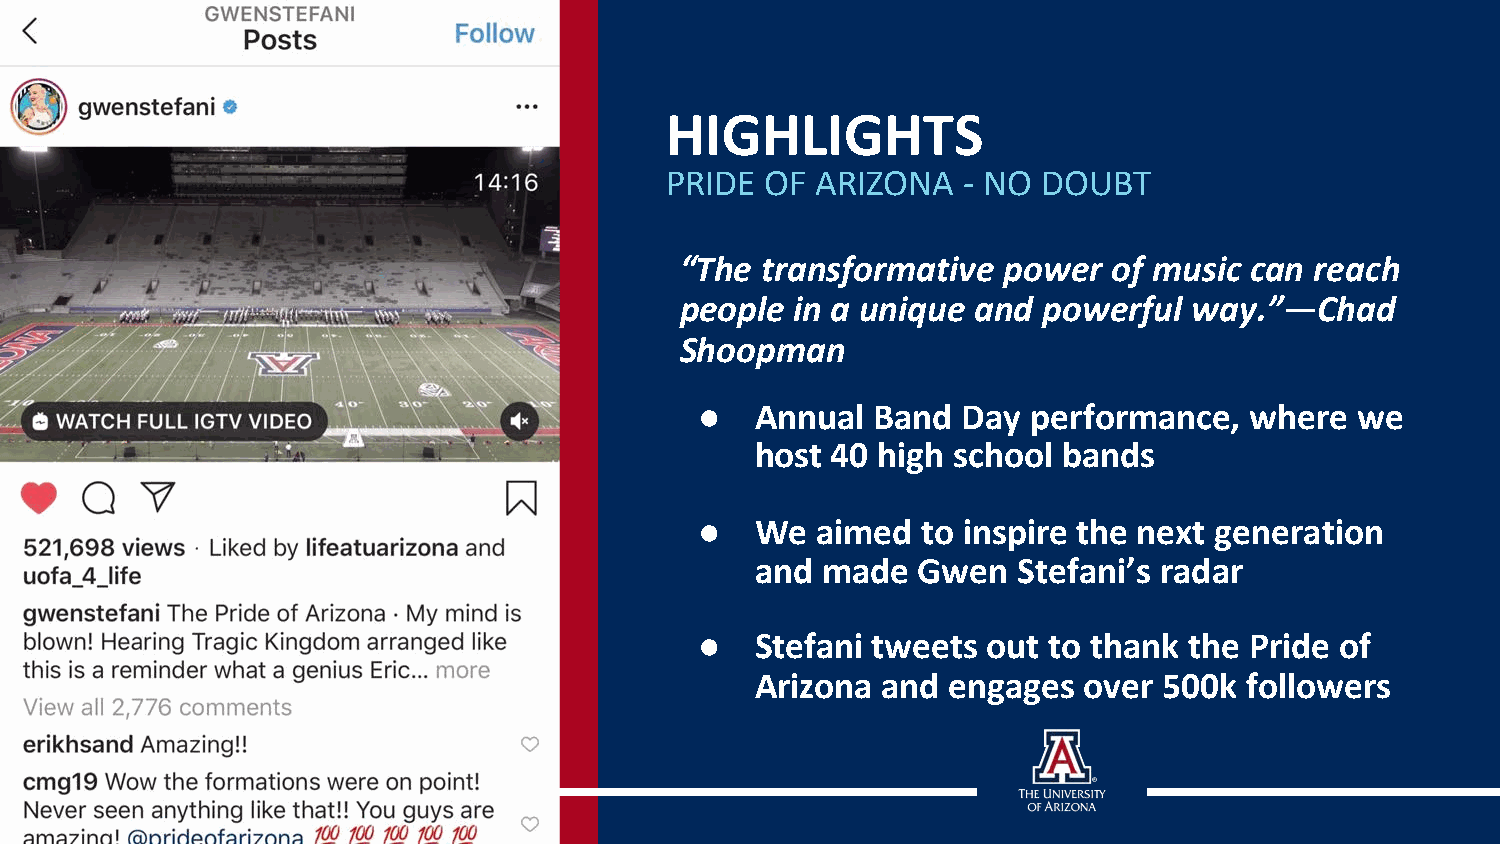
HIGHLIGHTS
 PRIDE  OF ARIZONA   - NO DOUBT
 “The transformative  power   of music can reach
 people  in a unique and powerful  way.”—Chad
 Shoopman
 ●   Annual  Band  Day performance,   where  we
 host 40 high school bands
 ●   We  aimed  to inspire the next generation
 and made   Gwen  Stefani’s radar
 ●   Stefani tweets out to thank  the Pride of
 Arizona and  engages  over 500k followers